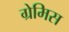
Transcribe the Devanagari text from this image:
ग्रेमिस